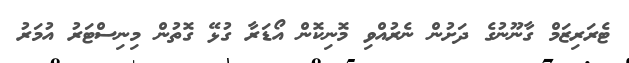
ޓެރަރިޒަމް ގާނޫނުގެ ދަށުން ނެރުއްވި މޮނިކޮން އޯޑަރާ ގުޅޭ ގޮތުން މިނިސްޓަރު އުމަރު